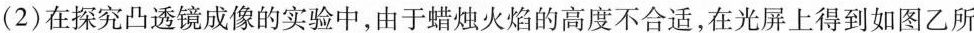
(2)在探究凸透镜成像的实验中，由于蜡烛火焰的高度不合适，在光屏上得到如图乙所